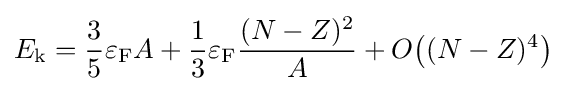
E_{\text{k}}={\frac {3}{5}}\varepsilon _{\text{F}}A+{\frac {1}{3}}\varepsilon _{\text{F}}{\frac {(N-Z)^{2}}{A}}+O{\big (}(N-Z)^{4}{\big )}